Indian journal of veterinary science and animal husbandry - Volume 4,
Year: 1934
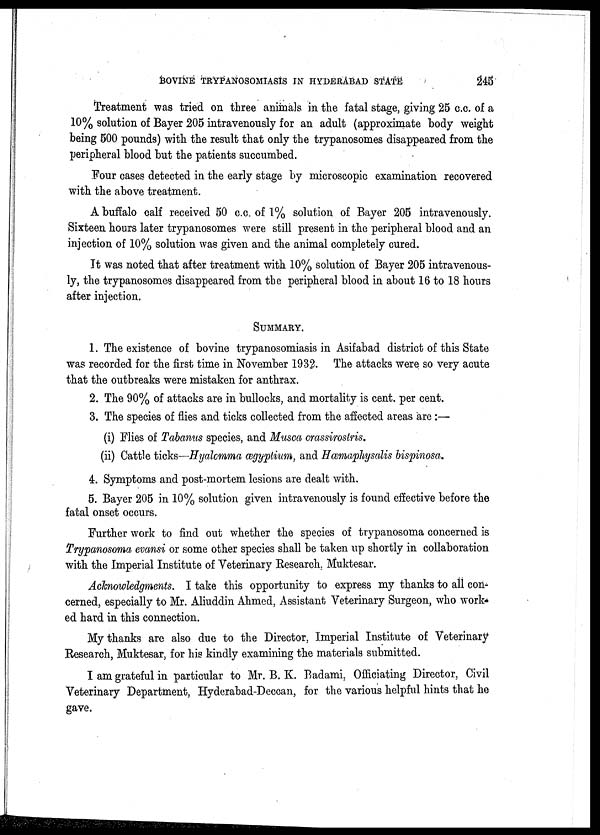
BOVINE TRYPANOSOMIASIS IN HYDERABAD STATE
245
Treatment was tried on three animals in the fatal stage, giving 25 c.c. of a
10% solution of Bayer 205 intravenously for an adult (approximate body weight
being 500 pounds) with the result that only the trypanosomes disappeared from the
peripheral blood but the patients succumbed.
Four cases detected in the early stage by microscopic examination recovered
with the above treatment.
A buffalo calf received 50 c.c. of 1% solution of Bayer 205 intravenously.
Sixteen hours later trypanosomes were still present in the peripheral blood and an
injection of 10% solution was given and the animal completely cured.
It was noted that after treatment with 10% solution of Bayer 205 intravenous-
ly, the trypanosomes disappeared from the peripheral blood in about 16 to 18 hours
after injection.
SUMMARY.
1. The existence of bovine trypanosomiasis in Asifabad district of this State
was recorded for the first time in November 1932. The attacks were so very acute
that the outbreaks were mistaken for anthrax.
2. The 90% of attacks are in bullocks, and mortality is cent. per cent.
3. The species of flies and ticks collected from the affected areas are :—
(i) Flies of Tabanus species, and Musca crassirostris.
(ii) Cattle ticks—Hyalomma ægyptium, and Hæmaphysalis bispinosa.
4. Symptoms and post-mortem lesions are dealt with.
5. Bayer 205 in 10% solution given intravenously is found effective before the
fatal onset occurs.
Further work to find out whether the species of trypanosoma concerned is
Trypanosoma evansi or some other species shall be taken up shortly in collaboration
with the Imperial Institute of Veterinary Research, Muktesar.
Acknowledgments. I take this opportunity to express my thanks to all con-
cerned, especially to Mr. Aliuddin Ahmed, Assistant Veterinary Surgeon, who work-
ed hard in this connection.
My thanks are also due to the Director, Imperial Institute of Veterinary
Research, Muktesar, for his kindly examining the materials submitted.
I am grateful in particular to Mr. B. K. Badami, Officiating Director, Civil
Veterinary Department, Hyderabad-Deccan, for the various helpful hints that he
gave.